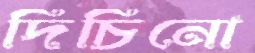
দিচিনো